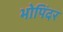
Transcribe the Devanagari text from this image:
भोपिंदर